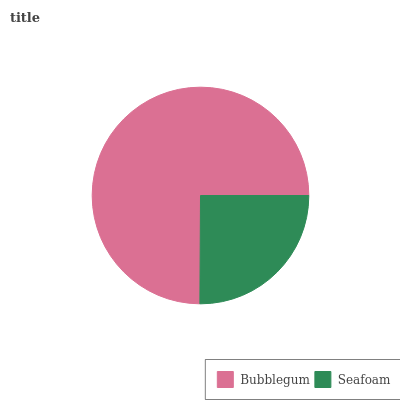
| Bubblegum | Seafoam |
 | --- | --- |
 | 74.9% | 25.1% |